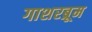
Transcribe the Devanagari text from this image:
गाशरब्रूम